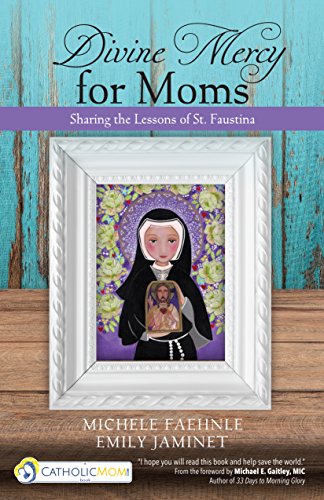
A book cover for Divine Mercy for Moms: Sharing the Lessons of St. Faustina; Michele Faehnle; Christian Books & Bibles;